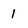
Character: 1